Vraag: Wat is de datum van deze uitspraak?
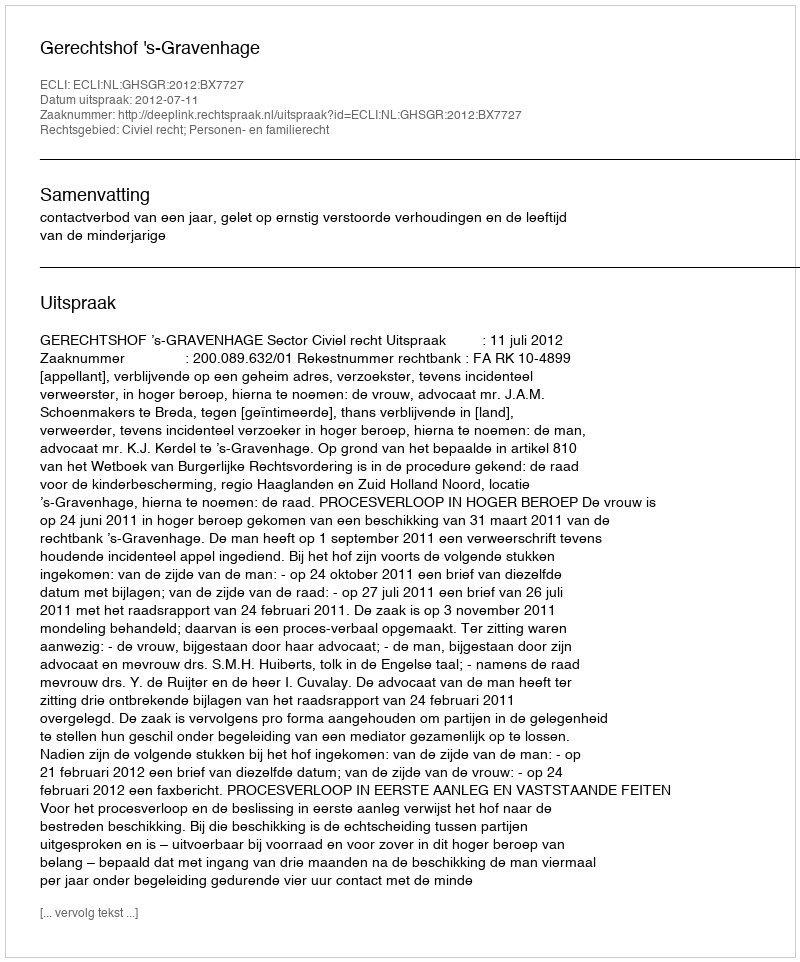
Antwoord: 2012-07-11